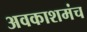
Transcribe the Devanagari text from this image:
अवकाशमंच